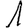
Digit: 1